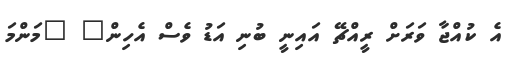
އެ ކުއްޖާ ވަރަށް ރީއްޗޭ އައިނީ ބުނި އަޑު ވެސް އެހިން" "މަންމަ